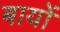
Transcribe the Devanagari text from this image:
बायों